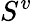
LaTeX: S^{v}